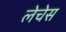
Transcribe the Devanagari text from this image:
लेचेस